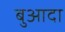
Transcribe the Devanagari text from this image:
बुआदा